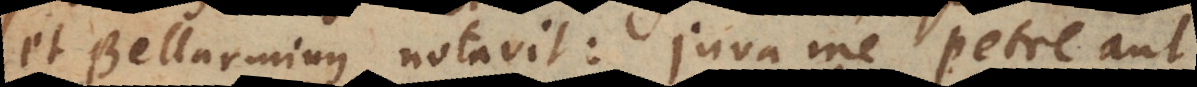
et Bellarminus notavit: juva me Petre aut